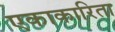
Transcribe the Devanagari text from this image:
एकाकारिता